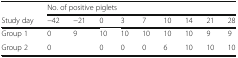
|  | <COLSPAN=9> No. of positive piglets |
 | Study day | −42 | −21 | 0 | 3 | 7 | 10 | 14 | 21 | 28 |
 | --- | --- | --- | --- | --- | --- | --- | --- | --- | --- |
 | Group 1 | 0 | 9 | 10 | 10 | 10 | 10 | 10 | 9 | 9 |
 | Group 2 | 0 |  | 0 | 0 | 0 | 6 | 10 | 10 | 10 |